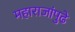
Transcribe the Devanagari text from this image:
महाराजांपुढे